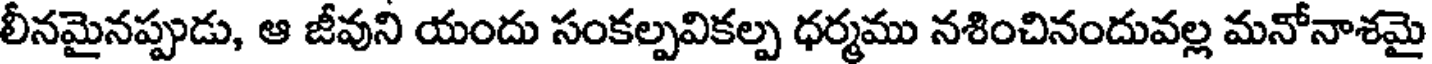
లీనమైనప్పుడు, ఆ జీవుని యందు సంకల్పవికల్ప ధర్మము నశించినందువల్ల మనోనాశమై